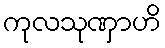
ကုလသုဏှာဟိ